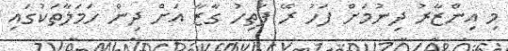
މި އިންޒާރު ދިނުމަށް ފަހު ރޭ ފަތިހު ގާޒާ އަށް ދިން ހަމަލާތަކުގައި